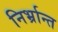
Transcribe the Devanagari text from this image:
निर्भ्रान्त